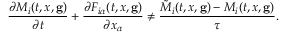
\frac { \partial M _ { i } ( t , \boldsymbol { x } , \mathbf { g } ) } { \partial t } + \frac { \partial F _ { i \alpha } ( t , \boldsymbol { x } , \mathbf { g } ) } { \partial x _ { \alpha } } \neq \frac { \Tilde { M } _ { i } ( t , \boldsymbol { x } , \mathbf { g } ) - M _ { i } ( t , \boldsymbol { x } , \mathbf { g } ) } { \tau } .